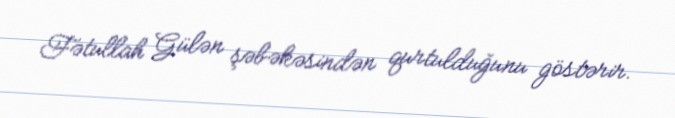
Fətullah Gülən şəbəkəsindən qurtulduğunu göstərir.